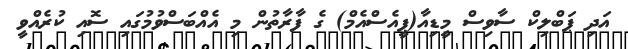
އަދި ޕަބްލިކް ސާވިސް މީޑިއާ(ޕީއެސްއެމް) ގެ ފާރާތުން މި އެއްބަސްވުމުގައި ސޮއި ކުރެއްވީ